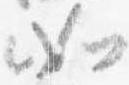
如